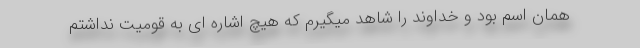
همان اسم بود و خداوند را شاهد میگیرم که هیچ اشاره ای به قومیت نداشتم